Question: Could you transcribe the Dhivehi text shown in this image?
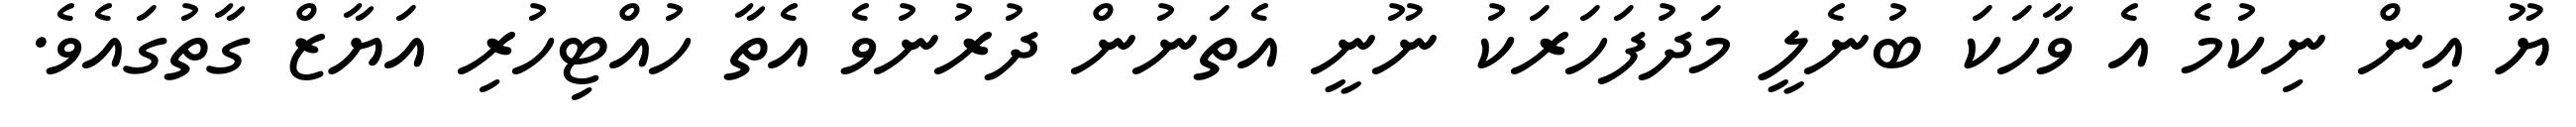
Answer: ޔޫ އިން ނިކުމެ އެ ވާހަކަ ބުނެލީ މަދުފަހަރަކު ނޫނީ އެތަނުން ދުރުނުވެ އެތާ ހުއްޓިހުރި އަޔާޒް ގާތުގައެވެ.